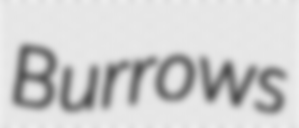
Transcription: Burrows